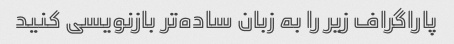
پاراگراف زیر را به زبان ساده‌تر بازنویسی کنید